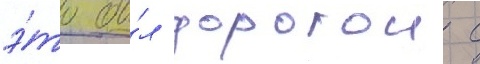
э́то бы́л дорогои с